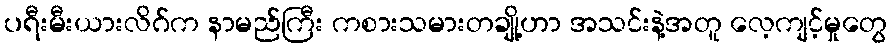
ပရီးမီးယားလိဂ်က နာမည်ကြီး ကစားသမားတချို့ဟာ အသင်းနဲ့အတူ လေ့ကျင့်မှုတွေ